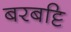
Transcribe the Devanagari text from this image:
बरबट्टि